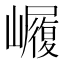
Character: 𭗫